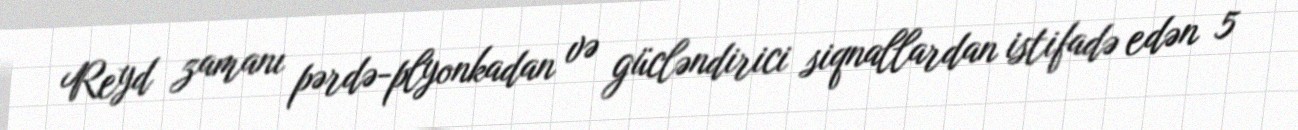
Reyd zamanı pərdə-plyonkadan və gücləndirici siqnallardan istifadə edən 5